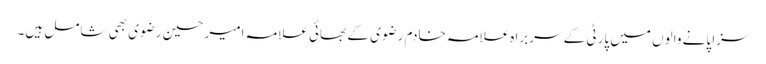
سزا پانے والوں میں پارٹی کے سربراہ علامہ خادم رضوی کے بھائی علامہ امیر حسین رضوی بھی شامل ہیں۔